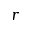
r